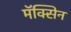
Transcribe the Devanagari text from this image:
मॅक्सिन